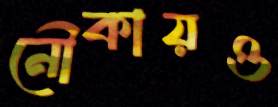
নৌকায়ও